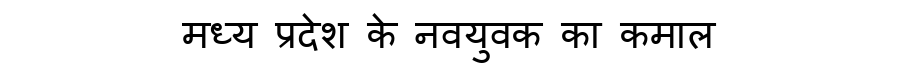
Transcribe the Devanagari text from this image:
मध्य प्रदेश के नवयुवक का कमाल